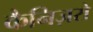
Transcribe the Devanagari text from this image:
कैनिज़रो